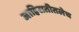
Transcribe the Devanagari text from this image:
जाहिरातीतलेच